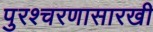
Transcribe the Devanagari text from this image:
पुरश्चरणासारखी